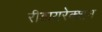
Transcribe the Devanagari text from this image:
रीडायरेक्शन